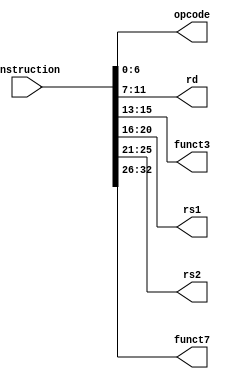
module instruction (


    input wire[63:0] instruction,
    output reg[6:0] opcode,
    output reg[4:0] rd,
    output reg[2:0] funct3,
    output reg[4:0] rs1,
    output reg[4:0] rs2,
    output reg[6:0] funct7
);
    
    
    always @(instruction)
    begin
        opcode =  instruction[6:0];
        rd = instruction[12:7];
        funct3 =  instruction[15:13];
        rs1 =  instruction[20:16];
        rs2 =  instruction[25:21];
        funct7 =  instruction[32:26];
    end
    
endmodule